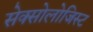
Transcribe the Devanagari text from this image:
सेक्सोलोजिस्ट